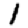
Digit: 1